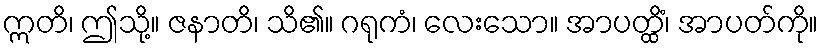
ဣတိ၊ ဤသို့။ ဇနာတိ၊ သိ၏။ ဂရုကံ၊ လေးသော။ အာပတ္ထိံ၊ အာပတ်ကို။